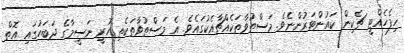
ހިފެހެއްޓީ ޗެކިން ކައުންޓަރުންނެވެ. މަސްތުވާތަކެއްޗާއެކުގައެވެ. އެ މަސްތުވާތަކެތި ހުރީ ނަސީމާގެ ދަބަހުގައި އޮތް